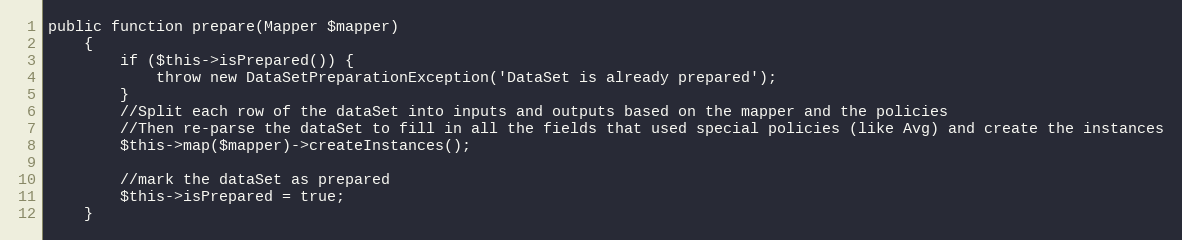
Language: PHP
public function prepare(Mapper $mapper)
    {
        if ($this->isPrepared()) {
            throw new DataSetPreparationException('DataSet is already prepared');
        }
        //Split each row of the dataSet into inputs and outputs based on the mapper and the policies
        //Then re-parse the dataSet to fill in all the fields that used special policies (like Avg) and create the instances
        $this->map($mapper)->createInstances();

        //mark the dataSet as prepared
        $this->isPrepared = true;
    }